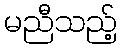
မညီသည့်